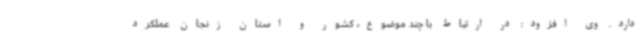
دارد. وی افزود: در ارتباط با چند موضوع، کشور و استان زنجان عملکرد